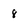
Character: 8